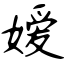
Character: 嫒